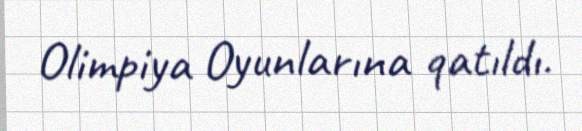
Olimpiya Oyunlarına qatıldı.